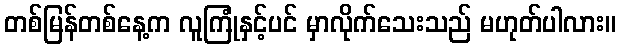
တစ်မြန်တစ်နေ့က လူကြုံနှင့်ပင် မှာလိုက်သေးသည် မဟုတ်ပါလား။